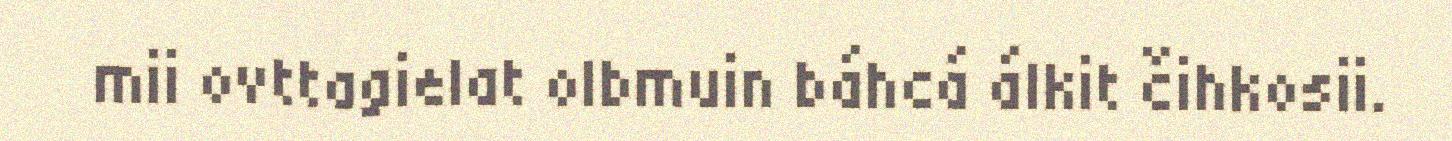
mii ovttagielat olbmuin báhcá álkit čihkosii.